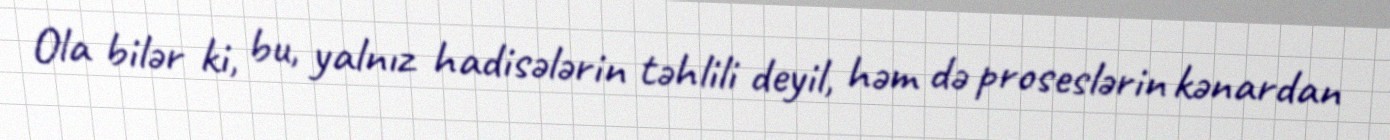
Ola bilər ki, bu, yalnız hadisələrin təhlili deyil, həm də proseslərin kənardan